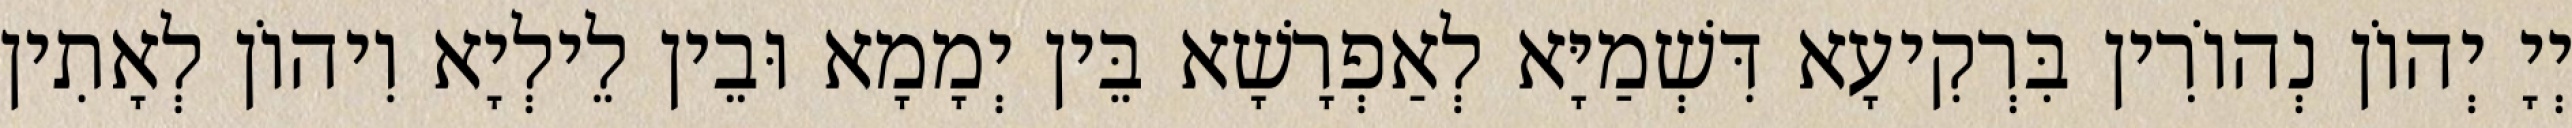
יְיָ יְהוֹן נְהוֹרִין בִּרְקִיעָא דִּשְׁמַיָּא לְאַפְרָשָׁא בֵּין יְמָמָא וּבֵין לֵילְיָא וִיהוֹן לְאָתִין